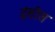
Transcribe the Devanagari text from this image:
इंसीस